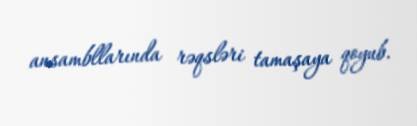
ansambllarında rəqsləri tamaşaya qoyub.